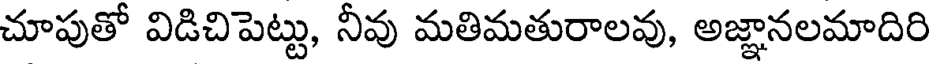
చూపుతో విడిచిపెట్టు, నీవు మతిమతురాలవు, అజ్ఞానలమాదిరి